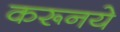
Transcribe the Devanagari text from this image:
करूनये